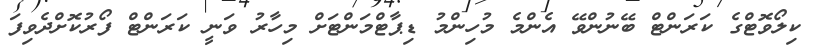
ކިލޯވޮޓްގެ ކަރަންޓް ބޭނުންވޭ އެންމެ މުހިންމު ޑިޕާޓްމަންޓަށް މިހާރު ވަނީ ކަރަންޓް ފޯރުކޮށްދެވިފަ